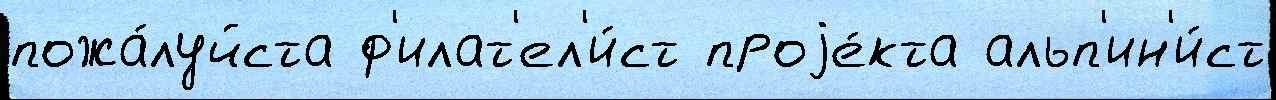
пожа́луйста ф'илат'ел'и́ст проjе́кта альп'ин'и́ст